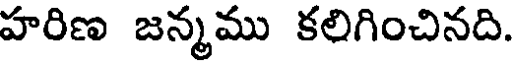
హరిణ జన్మము కలిగించినది.